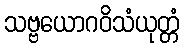
သဗ္ဗယောဂဝိသံယုတ္တံ